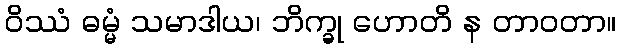
ဝိဿံ ဓမ္မံ သမာဒါယ၊ ဘိက္ခု ဟောတိ န တာဝတာ။